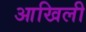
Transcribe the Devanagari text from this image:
आखिली